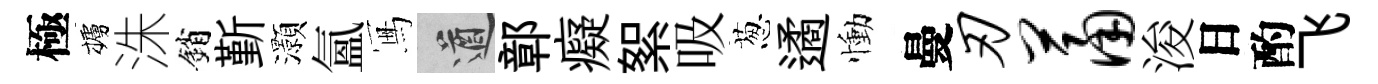
極櫨洙銷斳灝氳冩遒鄣癡絮吸葱遹慟曼刃萧浚日酌飞